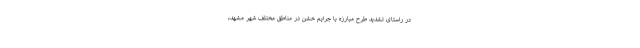
در راستای تشدید طرح مبارزه با جرایم خشن در مناطق مختلف شهر مشهد،